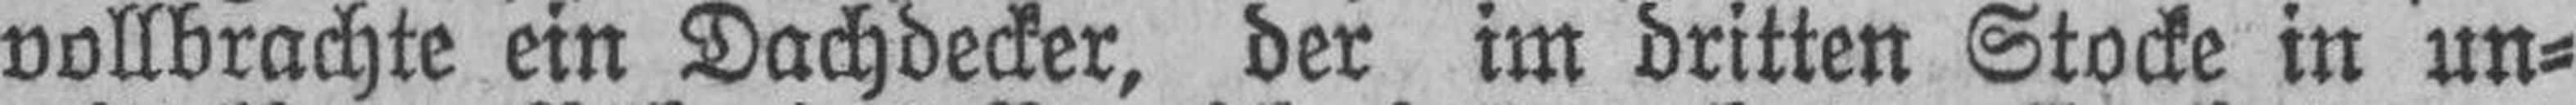
vollbrachte ein Dachdecker, der im dritten Stocke in un¬